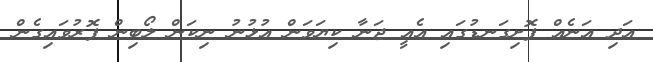
އަދި އަނެއް ފޮށިގަނޑުގައި އެއީ ޖަނާ ކިޔަވަން އުޅުނު ނިކަން ލޯބިން ފޮރުވައިގެން